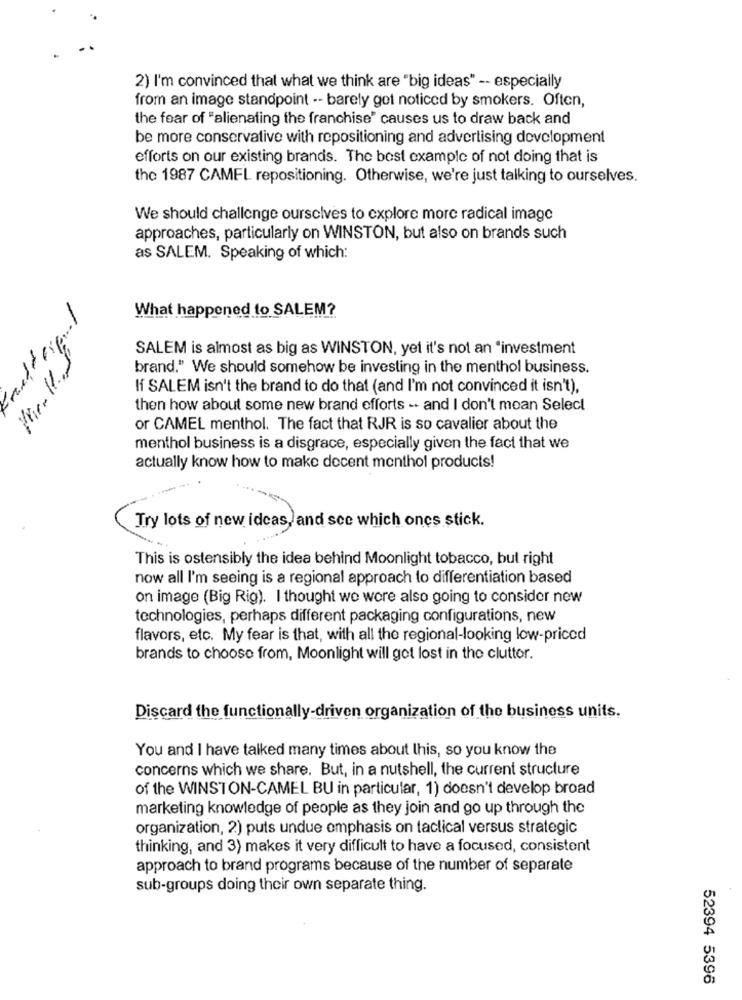
2) I'm convinced that what we think are "big ideas" -- especially
from an image standpoint -- barely get noticed by smokers. Often,
the fear of "alienating the franchise" causes us to draw back and
be more conservative with repositioning and advertising development
efforts on our existing brands. The best example of not doing that is
the 1987 CAMEL repositioning. Otherwise, we're just talking to ourselves.
We should challenge ourselves to explore more radical image
approaches, particularly on WINSTON, but also on brands such
as SALEM. Speaking of which:
What happened to SALEM?
SALEM is almost as big as WINSTON, yet it's not an "investment
brand." We should somehow be investing in the menthol business.
If SALEM isn't the brand to do that (and I'm not convinced it isn't),
then how about some new brand efforts -. and I don't mean Select
or CAMEL menthol. The fact that RJR is so cavalier about the
menthol business is a disgrace, especially given the fact that we
actually know how to make decent menthol products!
Try lots of new ideas, and sce which ones stick.
This is ostensibly the idea behind Moonlight tobacco, but right
now all I'm seeing is a regional approach to differentiation based
on image (Big Rig). I thought we were also going to consider new
technologies, perhaps different packaging configurations, new
flavors, etc. My fear is that, with all the regional-looking low-priced
brands to choose from, Moonlight will get lost in the clutter.
Discard the functionally-driven organization of the business units.
You and I have talked many times about this, so you know the
concerns which we share. But, in a nutshell, the current structure
of the WINSTON-CAMEL BU in particular, 1) doesn't develop broad
marketing knowledge of people as they join and go up through the
organization, 2) puts undue emphasis on tactical versus strategic
thinking, and 3) makes it very difficult to have a focused, consistent
approach to brand programs because of the number of separate
sub-groups doing their own separate thing.
52394 5396